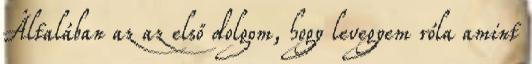
Általában az az első dolgom, hogy levegyem róla amint